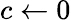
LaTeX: c\leftarrow 0